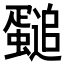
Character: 𲀏